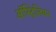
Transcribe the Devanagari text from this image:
ऑस्ट्रिलियन